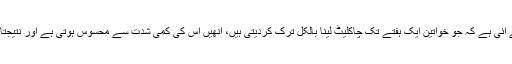
ٹورنٹو یونیورسٹی کی ایک تحقیق میں یہ بات سامنے آئی ہے کہ جو خواتین ایک ہفتے تک چاکلیٹ لینا بالکل ترک کردیتی ہیں، انھیں اس کی کمی شدت سے محسوس ہوتی ہے اور نتیجتاً وہ زیادہ چاکلیٹ لے کر ہی سکون کا سانس لیتی ہیں۔